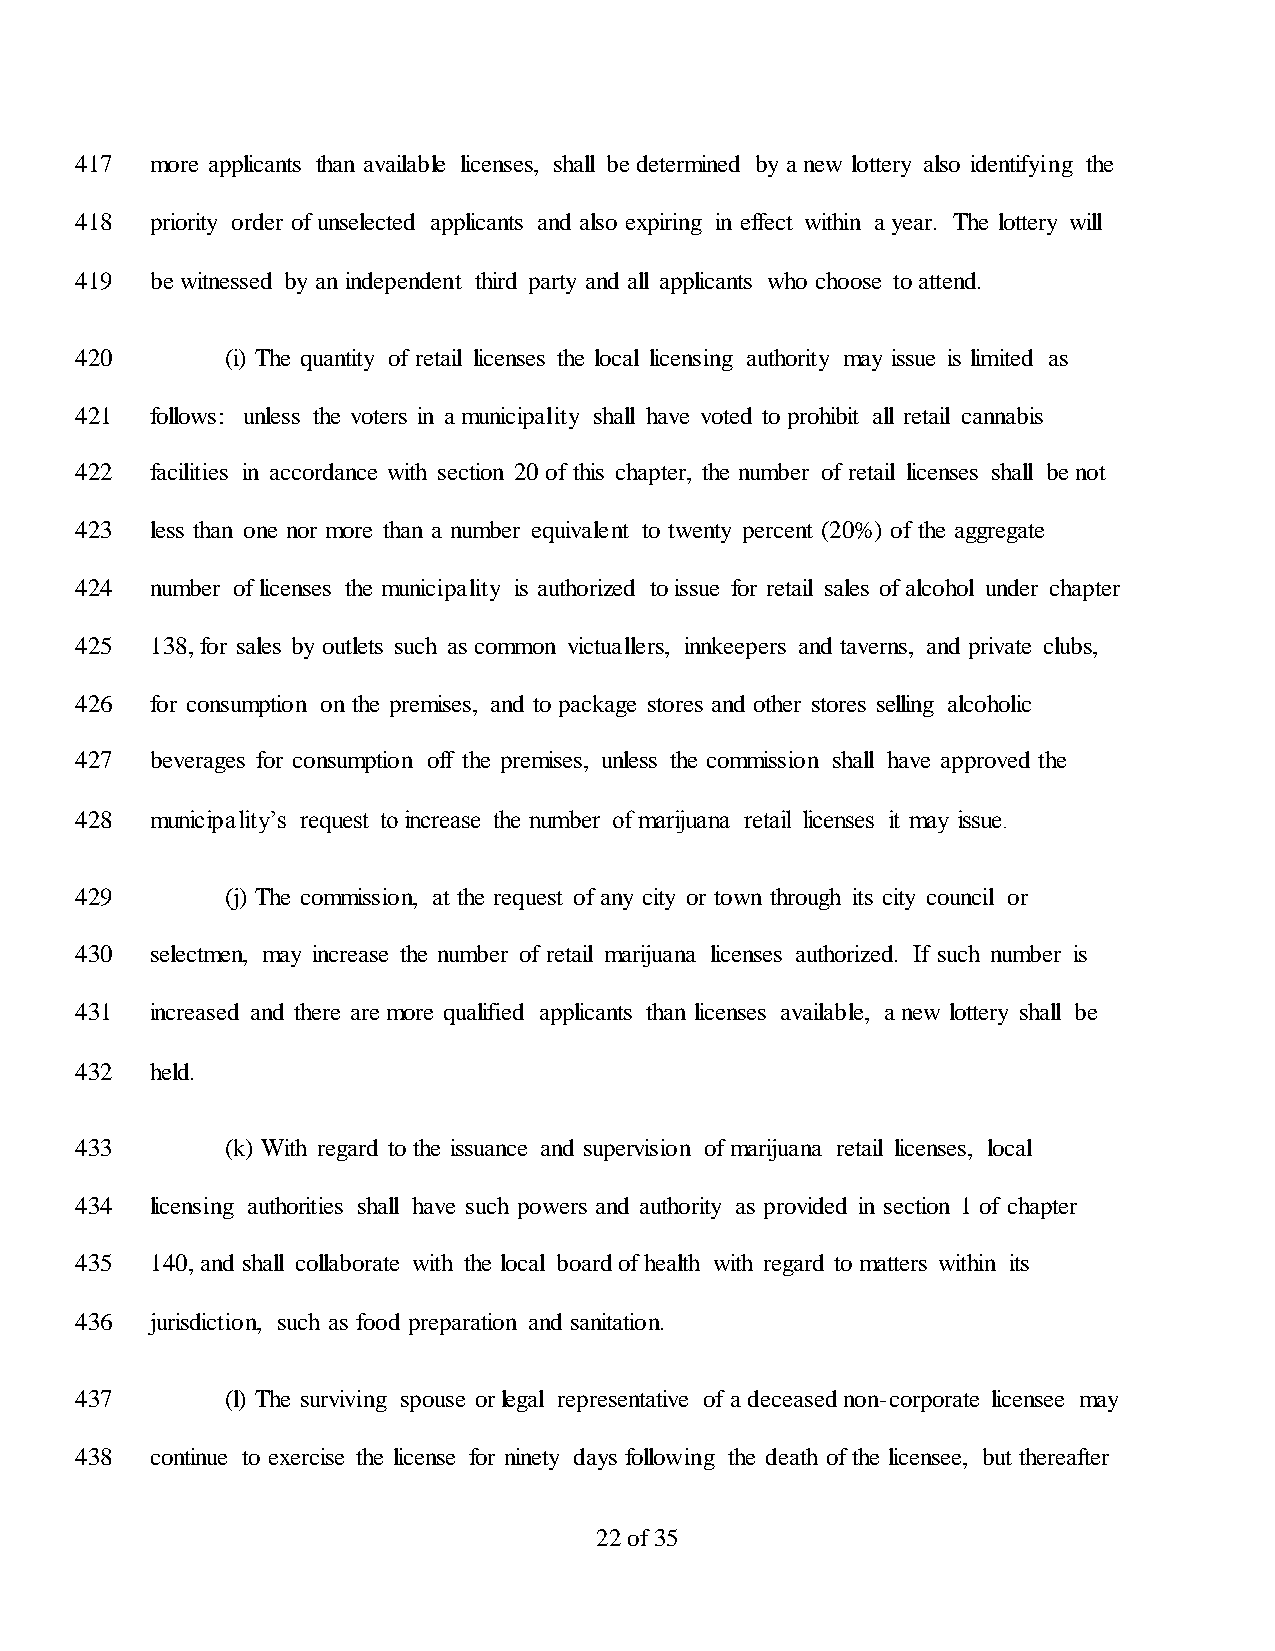
417  more applicants than available licenses, shall be determined by a new lottery also identifying the
 418  priority order of unselected applicants and also expiring in effect within a year. The lottery will
 419  be witnessed by an independent third party and all applicants who choose to attend.
 420       (i) The quantity of retail licenses the local licensing authority may issue is limited as
 421  follows: unless the voters in a municipality shall have voted to prohibit all retail cannabis
 422  facilities in accordance with section 20 of this chapter, the number of retail licenses shall be not
 423  less than one nor more than a number equivalent to twenty percent (20%) of the aggregate
 424  number of licenses the municipality is authorized to issue for retail sales of alcohol under chapter
 425  138, for sales by outlets such as common victuallers, innkeepers and taverns, and private clubs,
 426  for consumption on the premises, and to package stores and other stores selling alcoholic
 427  beverages for consumption off the premises, unless the commission shall have approved the
 428  municipality’s request to increase the number of marijuana retail licenses it may issue.
 429       (j) The commission, at the request of any city or town through its city council or
 430  selectmen, may increase the number of retail marijuana licenses authorized. If such number is
 431  increased and there are more qualified applicants than licenses available, a new lottery shall be
 432  held.
 433       (k) With regard to the issuance and supervision of marijuana retail licenses, local
 434  licensing authorities shall have such powers and authority as provided in section 1 of chapter
 435  140, and shall collaborate with the local board of health with regard to matters within its
 436  jurisdiction, such as food preparation and sanitation.
 437       (l) The surviving spouse or legal representative of a deceased non-corporate licensee may
 438  continue to exercise the license for ninety days following the death of the licensee, but thereafter
 22 of 35